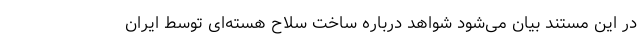
در این مستند بیان می‌شود شواهد درباره ساخت سلاح هسته‌ای توسط ایران